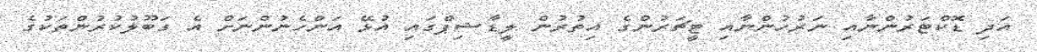
އަދި ޑޮކްޓަރުންނާއި ނަރުހުންނާއި ޓީޗަރުންގެ އިތުރުން ލީޑާޝިޕްގައި އުޅޭ އަންހެނުންނަށް އެ ގަބޫލުކުރުންތަކުގެ